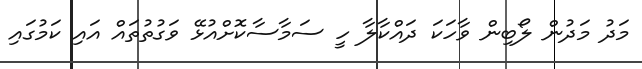
މަދު މަދުން ލޯބިން ވާހަކަ ދައްކާލާ ހީ ސަމާސާކޮށްއުޅޭ ވަގުތުތައް އައި ކަމުގައި